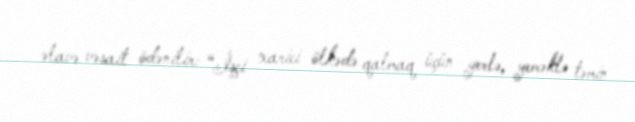
əlavə vəsait ödənilir: “İşçi xarici ölkədə qalmaq üçün yerlə, yeməklə təmin